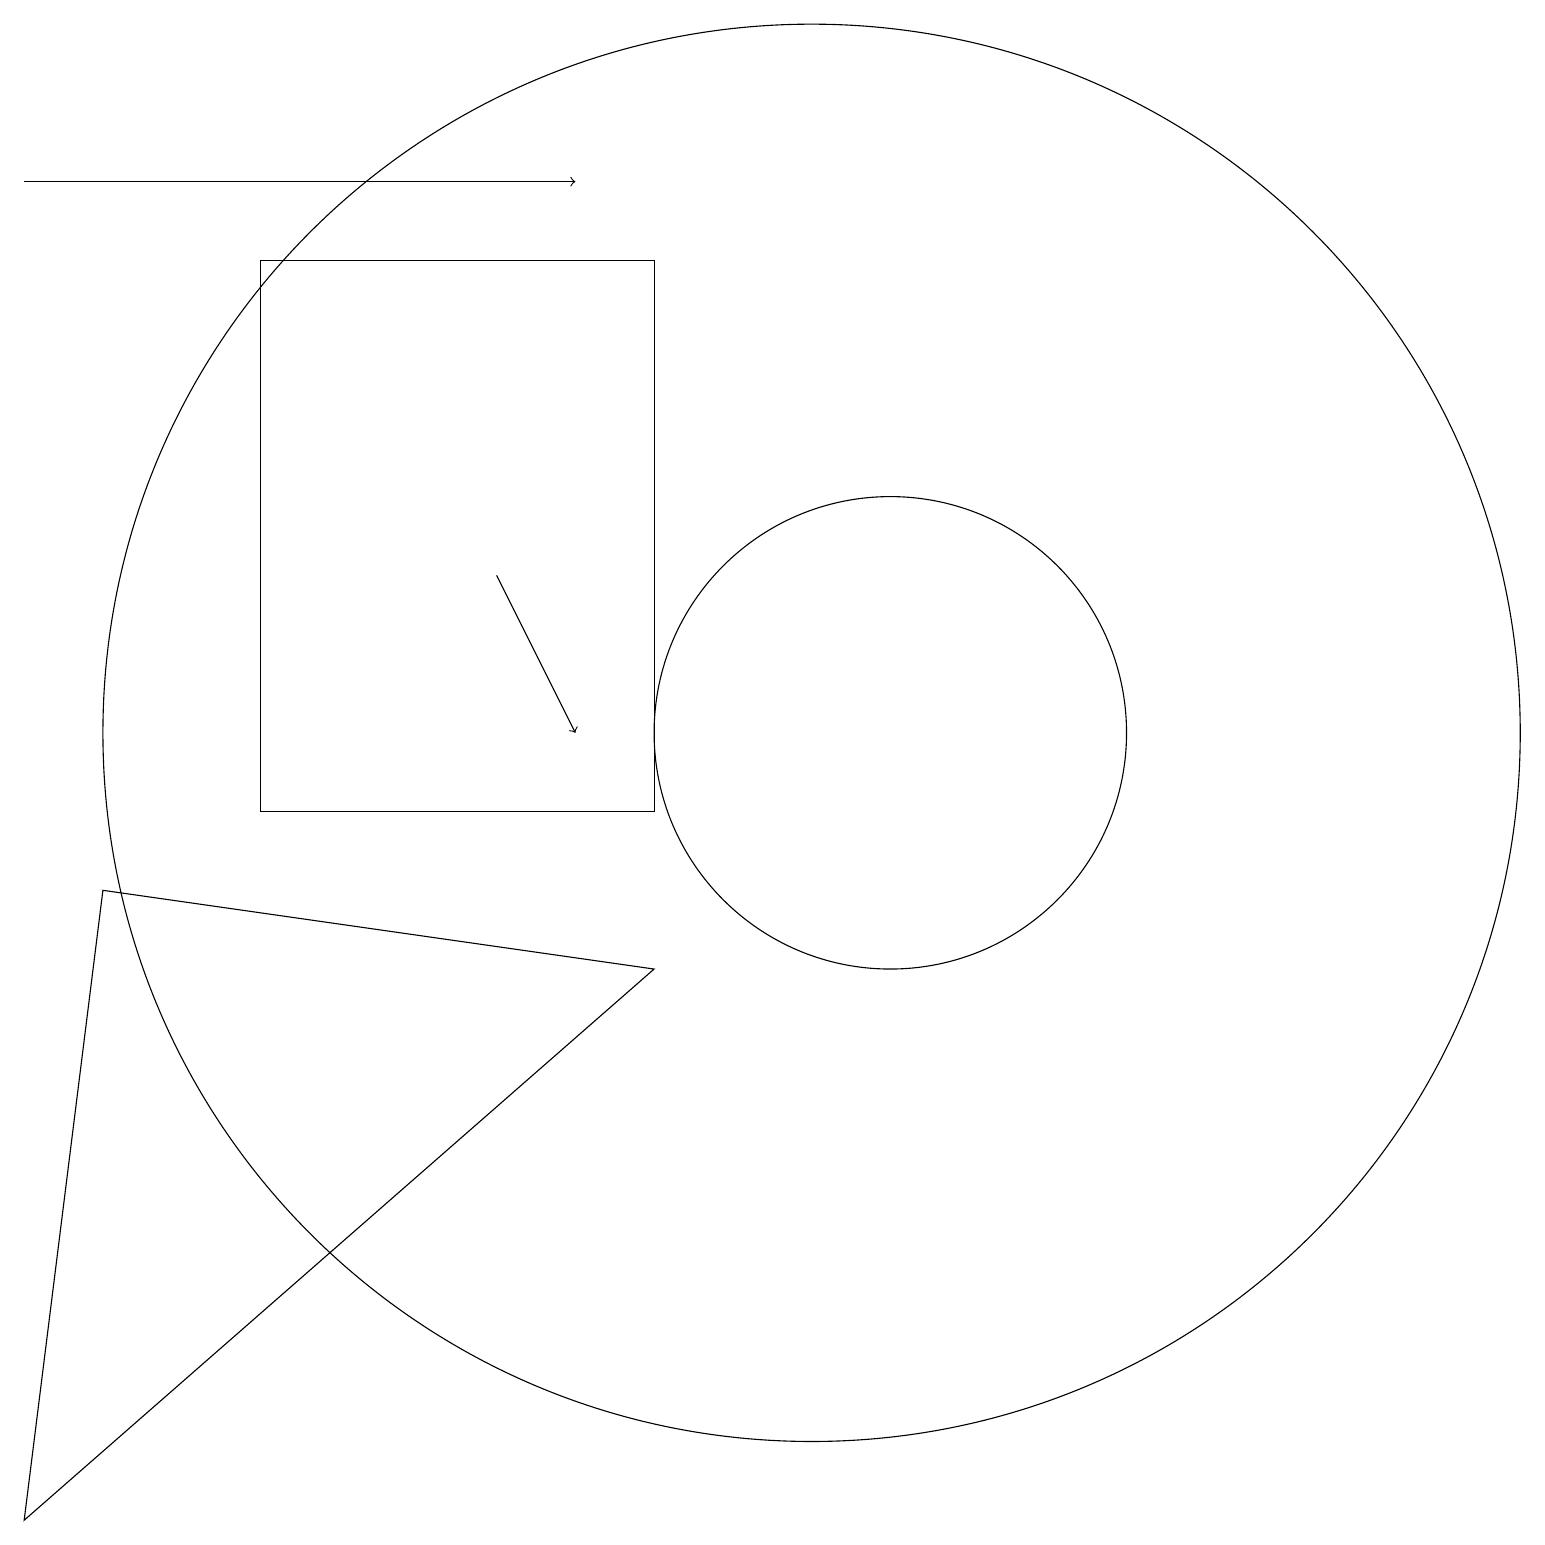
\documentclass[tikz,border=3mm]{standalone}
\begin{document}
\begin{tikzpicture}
\draw[->] (0,18) -- (7,18);
\draw (11,11) circle (3);
\draw (8,8) -- (0,1) -- (1,9) -- cycle;
\draw (3,17) rectangle (8,10);
\draw (10,11) circle (9);
\draw[->] (6,13) -- (7,11);
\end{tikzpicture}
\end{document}